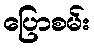
ပြောစမ်း